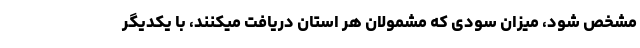
مشخص شود، میزان سودی که مشمولان هر استان دریافت میکنند، با یکدیگر